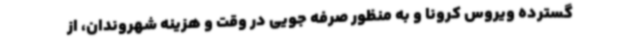
گسترده ویروس کرونا و به منظور صرفه جویی در وقت و هزینه شهروندان، از